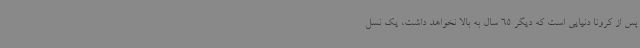
پس از کرونا دنیایی است که دیگر 65 سال به بالا نخواهد داشت، یک نسل